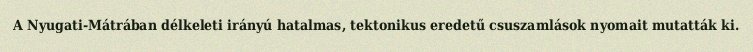
A Nyugati-Mátrában délkeleti irányú hatalmas, tektonikus eredetű csuszamlások nyomait mutatták ki.